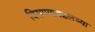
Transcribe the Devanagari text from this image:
दिसण्याबद्दलच्या